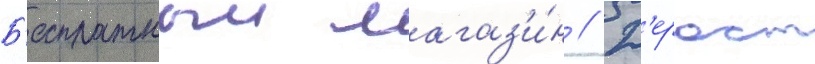
Б'есплатныи магаз'и́н // Д'ерост